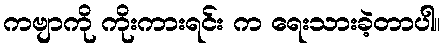
ကဗျာကို ကိုးကားရင်း က ရေးသားခဲ့တာပါ။